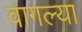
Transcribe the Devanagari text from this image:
वागल्या